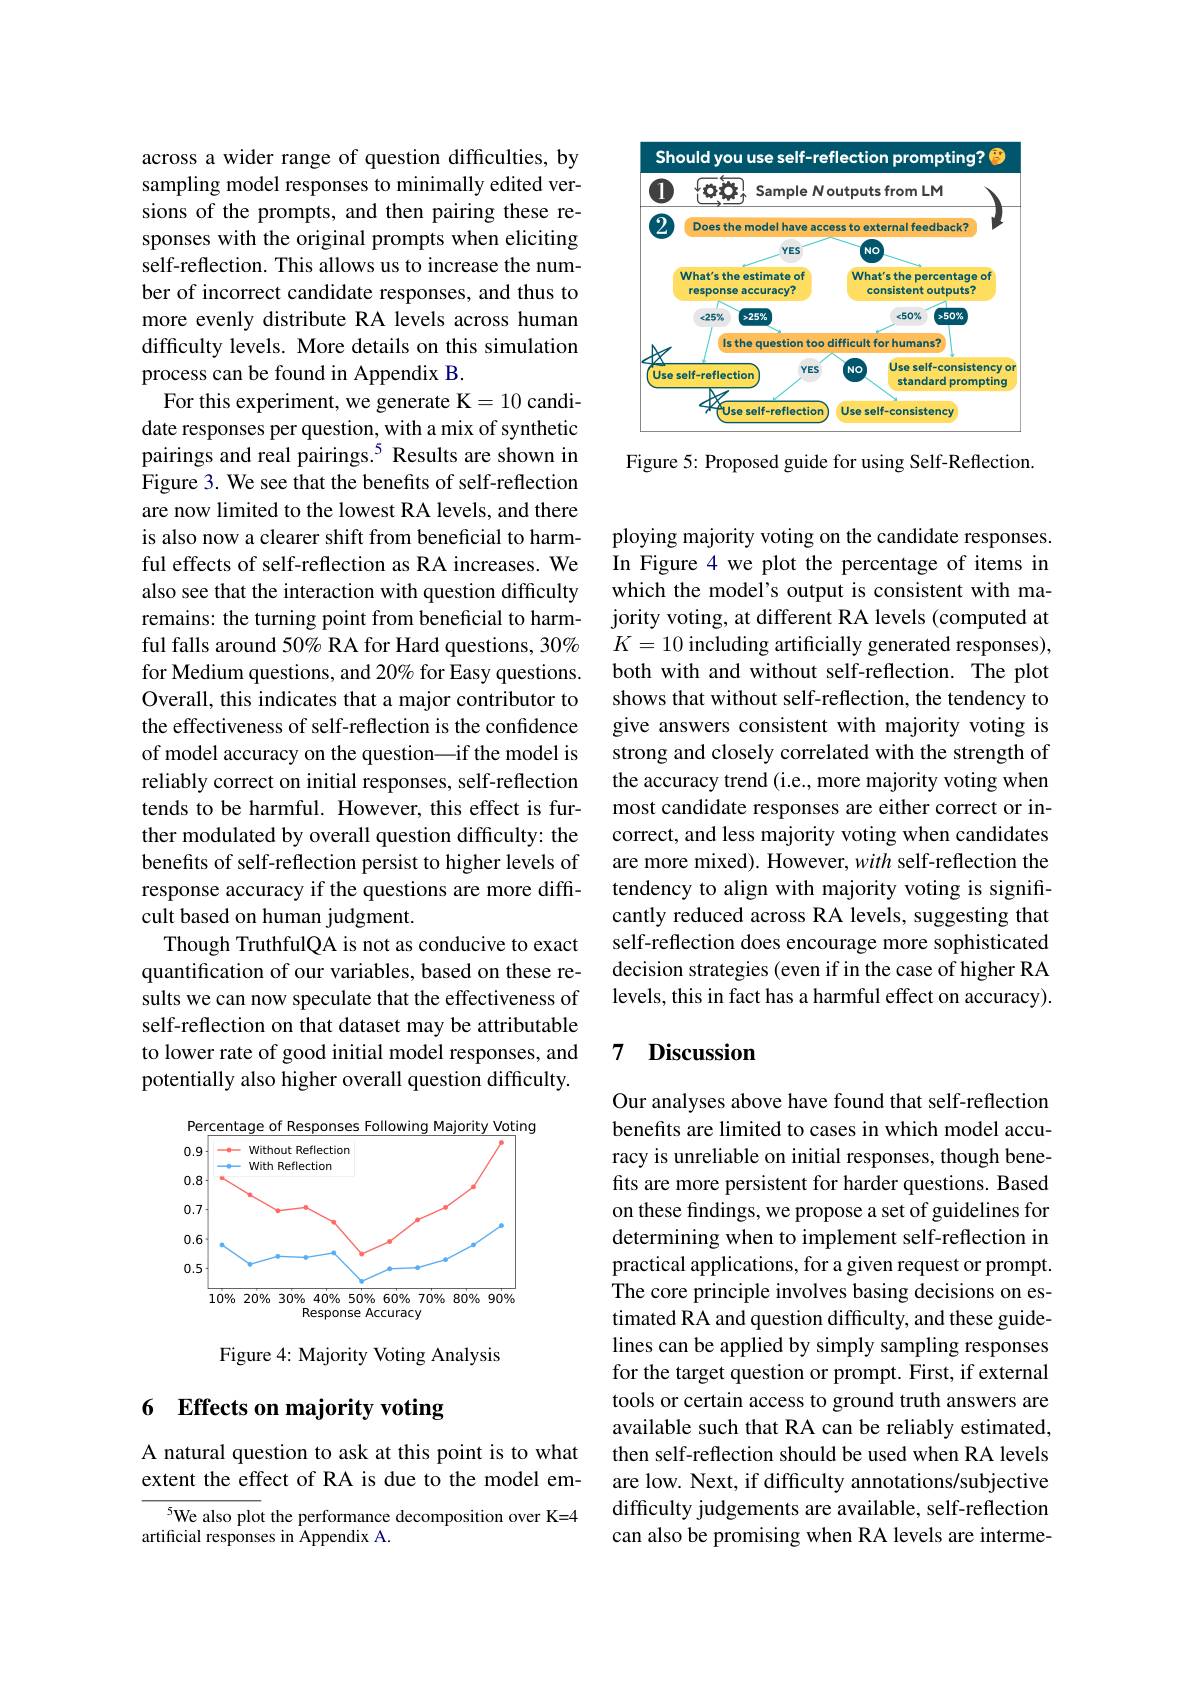
<FigureHere>

Figure 5: Proposed guide for using Self-Reflection.

across a wider range of question difficulties, by sampling model responses to minimally edited versions of the prompts, and then pairing these responses with the original prompts when eliciting self-reflection. This allows us to increase the number of incorrect candidate responses, and thus to more evenly distribute RA levels across human difficulty levels. More details on this simulation process can be found in Appendix B.
For this experiment, we generate K=10 candidate responses per question, with a mix of synthetic pairings and real pairings.$^{5}$ Results are shown in Figure 3. We see that the benefits of self-reflection are now limited to the lowest RA levels, and there is also now a clearer shift from beneficial to harmful effects of self-reflection as RA increases. We also see that the interaction with question difficulty remains: the turning point from beneficial to harmful falls around 50% RA for Hard questions, 30% for Medium questions, and 20% for Easy questions. Overall, this indicates that a major contributor to the effectiveness of self-reflection is the confidence of model accuracy on the question\_if the model is reliably correct on initial responses, self-reflection tends to be harmful. However, this effect is further modulated by overall question difficulty: the benefits of self-reflection persist to higher levels of response accuracy if the questions are more difficult based on human judgment.
Though TruthfulQA is not as conducive to exact quantification of our variables, based on these results we can now speculate that the effectiveness of self-reflection on that dataset may be attributable to lower rate of good initial model responses, and potentially also higher overall question difficulty.

<FigureHere>

Figure 4: Majority Voting Analysis

## 6 Effects on majority voting

A natural question to ask at this point is to what extent the effect of RA is due to the model em-

$^{5}$We also plot the performance decomposition over K=4
artificial responses in Appendix A.

ploying majority voting on the candidate responses. In Figure 4 we plot the percentage of items in which the model's output is consistent with majority voting, at different RA levels (computed at $K=10$ including artificially generated responses), both with and without self-reflection. The plot shows that without self-reflection, the tendency to give answers consistent with majority voting is strong and closely correlated with the strength of the accuracy trend (i.e., more majority voting when most candidate responses are either correct or incorrect, and less majority voting when candidates are more mixed). However, with self-reflection the tendency to align with majority voting is significantly reduced across RA levels, suggesting that self-reflection does encourage more sophisticated decision strategies (even if in the case of higher RA levels, this in fact has a harmful effect on accuracy).

## 7 Discussion

Our analyses above have found that self-reflection benefits are limited to cases in which model accuracy is unreliable on initial responses, though benefits are more persistent for harder questions. Based on these findings, we propose a set of guidelines for determining when to implement self-reflection in practical applications, for a given request or prompt. The core principle involves basing decisions on estimated RA and question difficulty, and these guidelines can be applied by simply sampling responses for the target question or prompt. First, if external tools or certain access to ground truth answers are available such that RA can be reliably estimated, then self-reflection should be used when RA levels are low. Next, if difficulty annotations/subjective difficulty judgements are available, self-reflection can also be promising when RA levels are interme-